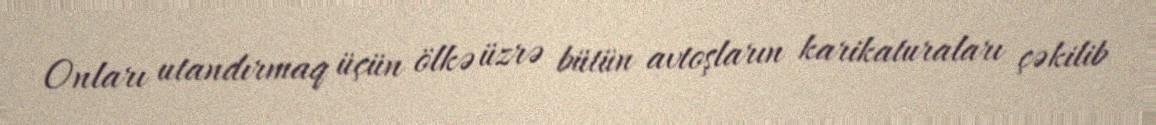
Onları utandırmaq üçün ölkə üzrə bütün avtoşların karikaturaları çəkilib